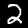
Digit: 2